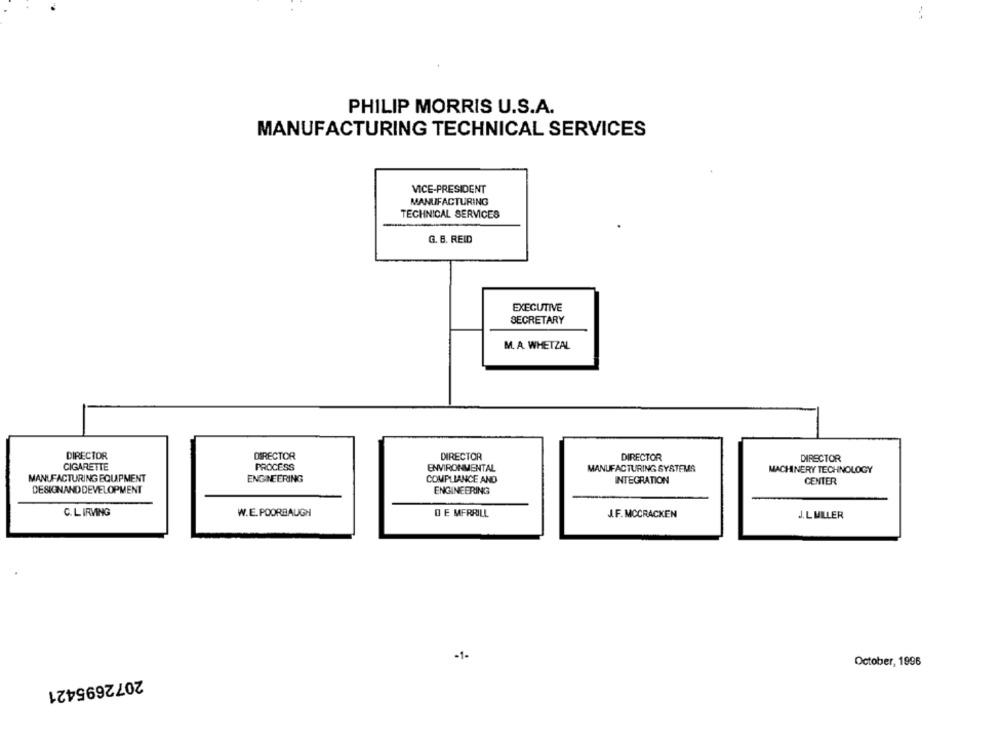
PHILIP MORRIS U.S.A.
MANUFACTURING TECHNICAL SERVICES
VICE-PRESIDENT
MANUFACTURING
TECHNICAL SERVICES
Q. B. REID
EXECUTIVE
SECRETARY
M. A. WHETZAL
DIRECTOR
DIRECTOR
DIRECTOR
DIRECTOR
DIRECTOR
CIGARETTE
PROCESS
ENVIRONMENTAL
MANUFACTURING SYSTEMS
MACHINERY TECHNOLOGY
MANUFACTURING EQUIPMENT
ENGINEERING
COMPLIANCE AND
INTEGRATION
CENTER
DESIGNANDDEVELOPMENT
ENGINEERING
C. L IRVING
W.E. POORBAUGH
DE MERRILL
J.F. MCCRACKEN
J.L MILLER
-1-
October, 1996
2072695421